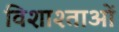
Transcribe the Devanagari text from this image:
विशाश्ताओं